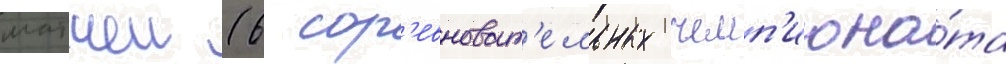
матчеи (6 сор'евноват'ельных чемп'иона́та